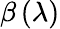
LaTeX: \beta\left(\lambda\right)